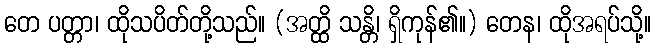
တေ ပတ္တာ၊ ထိုသပိတ်တို့သည်။ (အတ္ထိ သန္တိ၊ ရှိကုန်၏။) တေန၊ ထိုအရပ်သို့။